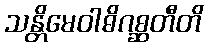
သန္တိမေဝါဓိဂစ္ဆတီတိ